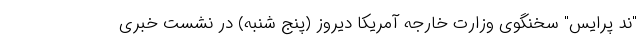
"ند پرایس" سخنگوی وزارت خارجه آمریکا دیروز (پنج شنبه) در نشست خبری